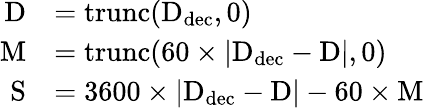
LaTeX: {\begin{array}{rl}{\mathrm{D}}&{=\operatorname{trunc}(\mathrm{D}_{\mathrm{dec}},0)}\\ {\mathrm{M}}&{=\operatorname{trunc}(60\times|\mathrm{D}_{\mathrm{dec}}-\mathrm{D}|,0)}\\ {\mathrm{S}}&{=3600\times|\mathrm{D}_{\mathrm{dec}}-\mathrm{D}|-60\times\mathrm{M}}\end{array}}